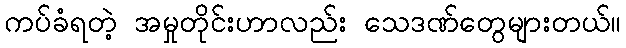
ကပ်ခံရတဲ့ အမှုတိုင်းဟာလည်း သေဒဏ်တွေများတယ်။